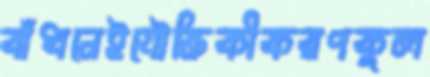
বাঁধনেইযৌক্তিকীকরণকুল